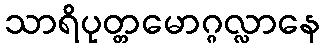
သာရိပုတ္တမောဂ္ဂလ္လာနေ